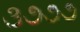
૩૭૭૭